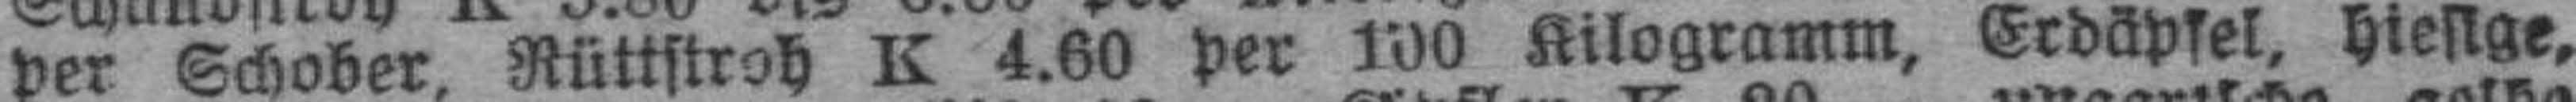
per Schober Rüttstroh K 4.60 per 100 Kilogramm, Erdäpfel, hiesige,